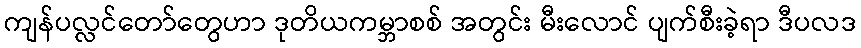
ကျန်ပလ္လင်တော်တွေဟာ ဒုတိယကမ္ဘာစစ် အတွင်း မီးလောင် ပျက်စီးခဲ့ရာ ဒီပလဒ